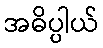
အဓိပ္ပါယ်